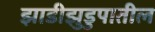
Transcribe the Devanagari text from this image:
झाडीझुडुपातील